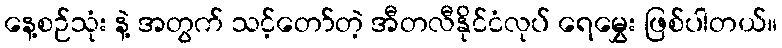
နေ့စဉ်သုံး နဲ့ အတွက် သင့်တော်တဲ့ အီတလီနိုင်ငံလုပ် ရေမွှေး ဖြစ်ပါတယ်။